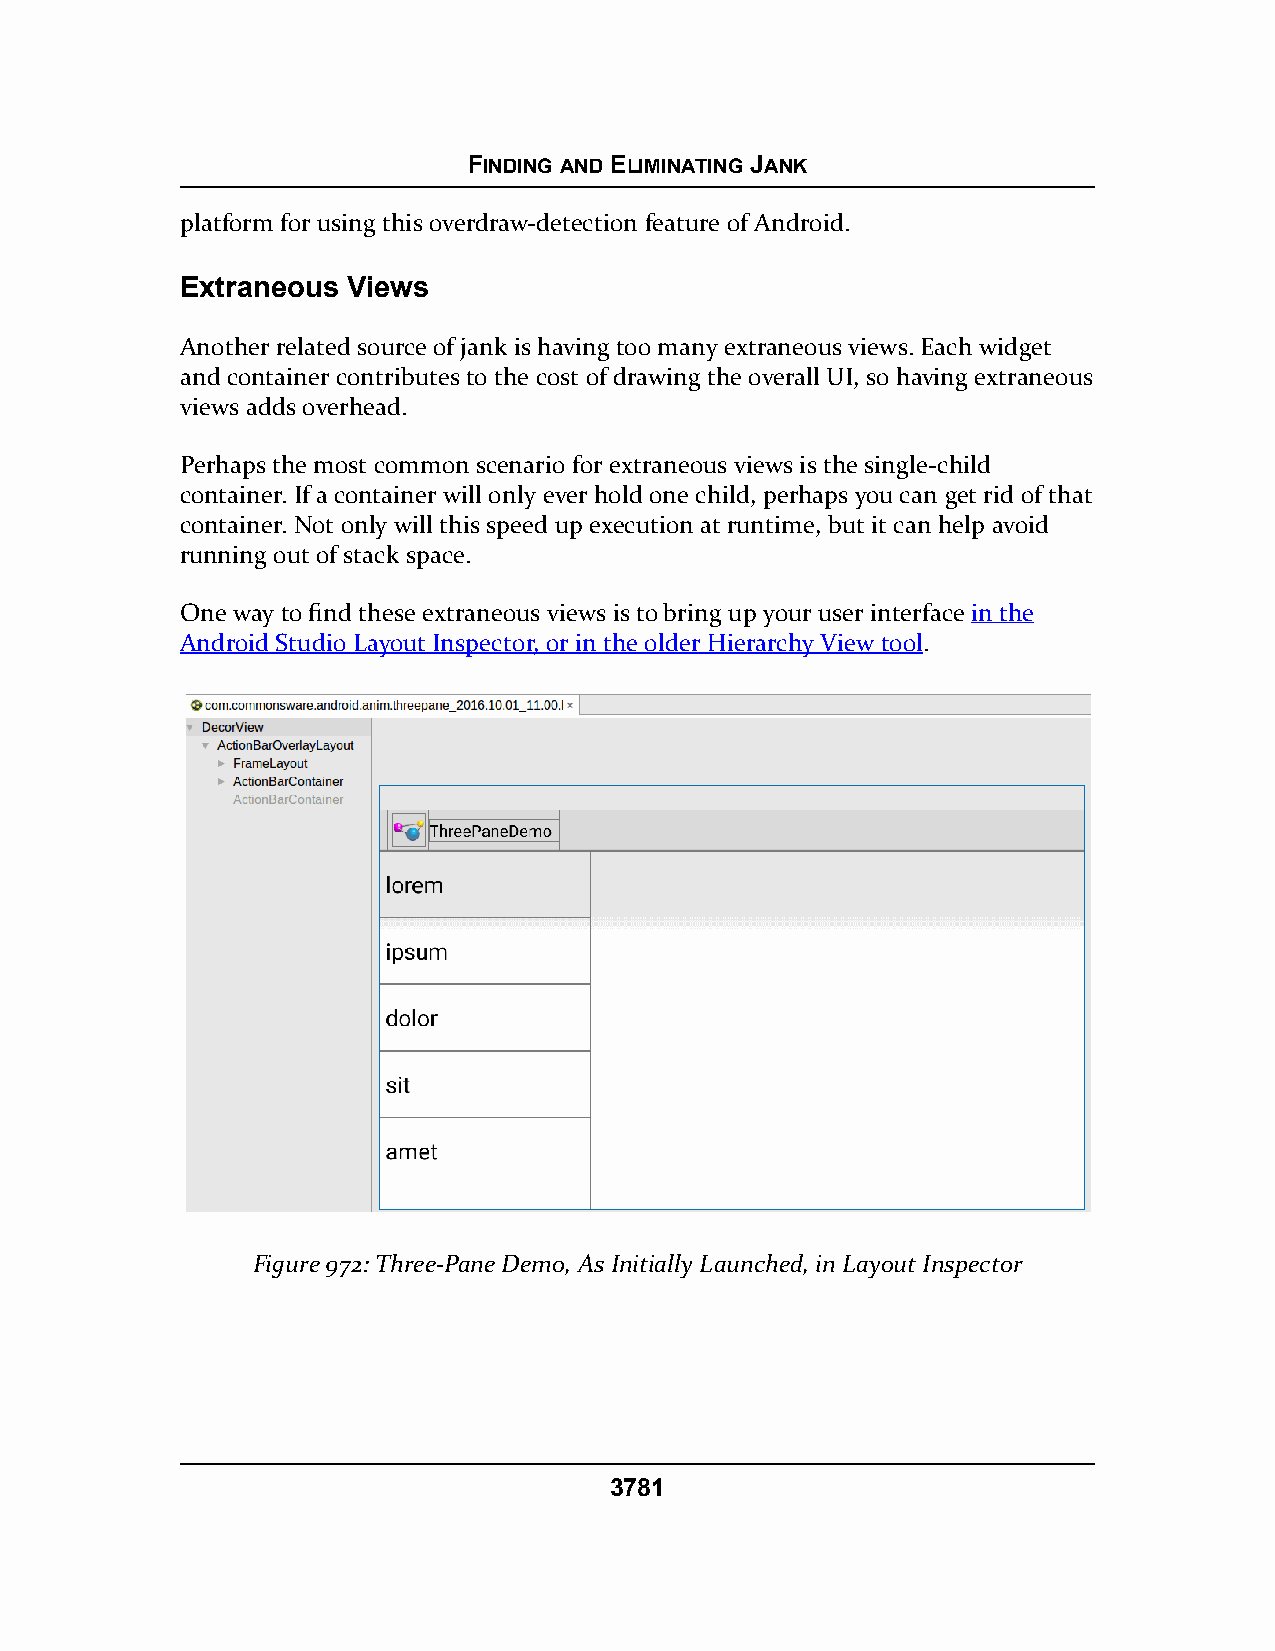
FINDING AND ELIMINATING JANK
 platform for using this overdraw-detection feature of Android.
 Extraneous Views
 Another related source of jank is having too many extraneous views. Each widget
 and container contributes to the cost of drawing the overall UI, so having extraneous
 views adds overhead.
 Perhaps the most common scenario for extraneous views is the single-child
 container. If a container will only ever hold one child, perhaps you can get rid of that
 container. Not only will this speed up execution at runtime, but it can help avoid
 running out of stack space.
 One way to find these extraneous views is to bring up your user interface in the
 Android Studio Layout Inspector, or in the older Hierarchy View tool.
 Figure 972: Three-Pane Demo, As Initially Launched, in Layout Inspector
 3781